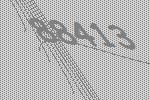
88413